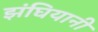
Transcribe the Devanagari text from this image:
झंघियानी